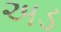
અડ